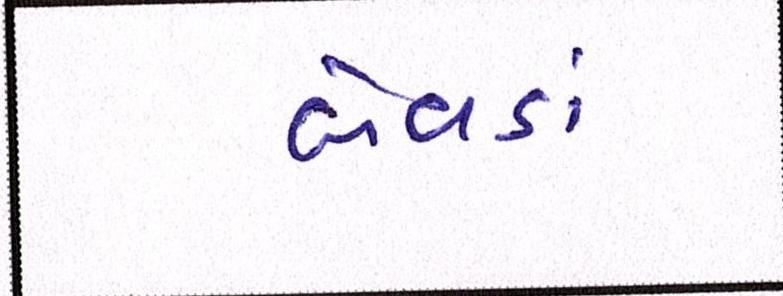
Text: બેવડાં